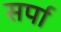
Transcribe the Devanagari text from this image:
सर्पा